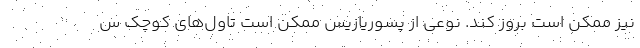
نیز ممکن است بروز کند. نوعی از پسوریازیس ممکن است تاول‌های کوچک س